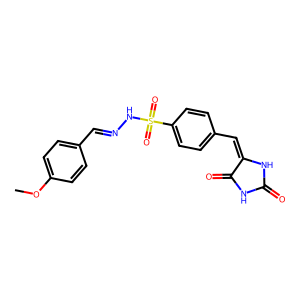
SMILES: COc1ccc(C=NNS(=O)(=O)c2ccc(C=C3NC(=O)NC3=O)cc2)cc1
Inhibits HIV replication: No